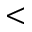
<